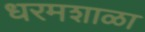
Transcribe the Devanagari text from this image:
धरमशाळा